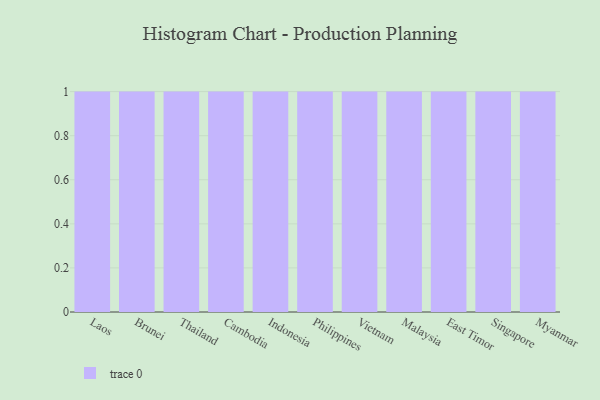
{"axis": {"x": "Country", "y": "Latency (ms)"}, "legend": [""], "data": [{"x": "Laos", "y": 29, "type": ""}, {"x": "Brunei", "y": 88, "type": ""}, {"x": "Thailand", "y": 59, "type": ""}, {"x": "Cambodia", "y": 100, "type": ""}, {"x": "Indonesia", "y": 51, "type": ""}, {"x": "Philippines", "y": 7, "type": ""}, {"x": "Vietnam", "y": 13, "type": ""}, {"x": "Malaysia", "y": 37, "type": ""}, {"x": "East Timor", "y": 9, "type": ""}, {"x": "Singapore", "y": 27, "type": ""}, {"x": "Myanmar", "y": 7, "type": ""}]}